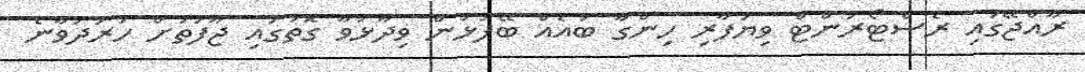
ރާއްޖޭގައި ރެސްޓޯރަންޓް ވިޔަފާރި ހިންގާ ބައެއް ބޭފުޅުން ވިދާޅުވާ ގޮތުގައި ޖާފަތަށް ހަރަދުވާނެ